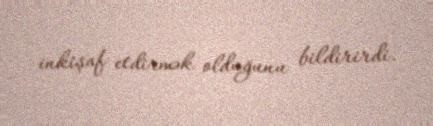
inkişaf etdirmək olduğunu bildirirdi.